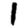
Digit: 1